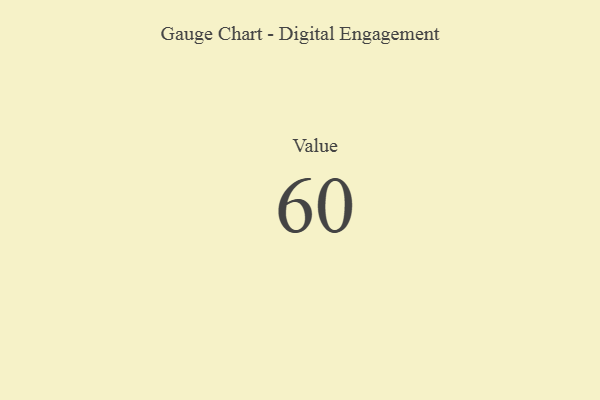
{"axis": {"x": "Metric", "y": "Value"}, "legend": [""], "data": [{"x": "Value", "y": 60, "type": ""}]}